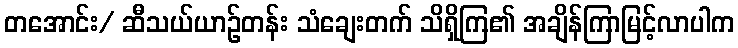
တအောင်း/ ဆီသယ်ယာဉ်တန်း သံချေးတက် သိရှိကြ၏ အချိန်ကြာမြင့်လာပါက